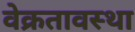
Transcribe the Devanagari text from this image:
वेक्रतावस्था